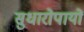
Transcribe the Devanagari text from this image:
सुधारोपायों